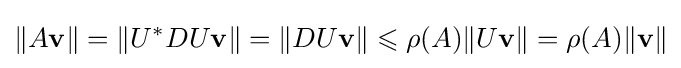
\|A\mathbf {v} \|=\|U^{*}DU\mathbf {v} \|=\|DU\mathbf {v} \|\leqslant \rho (A)\|U\mathbf {v} \|=\rho (A)\|\mathbf {v} \|